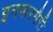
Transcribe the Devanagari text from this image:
इनफरमैरी